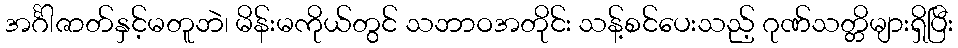
အင်္ဂါဇာတ်နှင့်မတူဘဲ၊ မိန်းမကိုယ်တွင် သဘာဝအတိုင်း သန့်စင်ပေးသည့် ဂုဏ်သတ္တိများရှိပြီး